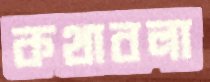
কথাবলা